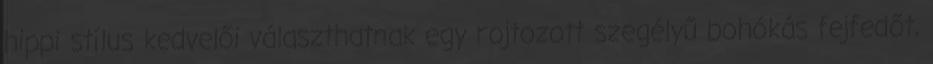
hippi stílus kedvelői választhatnak egy rojtozott szegélyű bohókás fejfedőt,